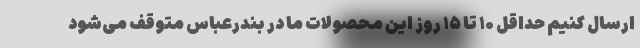
ارسال کنیم حداقل ۱۰ تا ۱۵ روز این محصولات ما در بندرعباس متوقف می‌شود